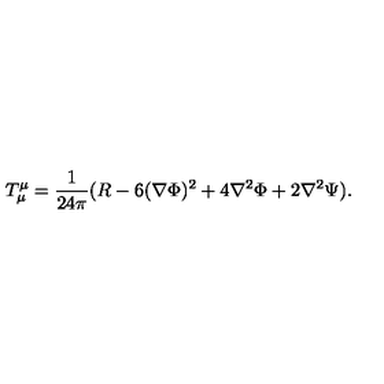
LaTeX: T _ { \mu } ^ { \mu } = \frac { 1 } { 2 4 \pi } ( R - 6 ( \nabla \Phi ) ^ { 2 } + 4 \nabla ^ { 2 } \Phi + 2 \nabla ^ { 2 } \Psi ) .